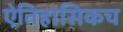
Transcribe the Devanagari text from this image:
ऐतिहासिकच